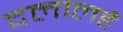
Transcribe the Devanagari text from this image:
दलालहैं